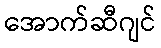
အောက်ဆီဂျင်